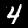
Digit: 4